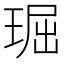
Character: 㻕